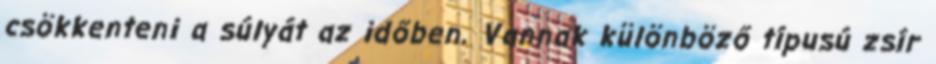
csökkenteni a súlyát az időben. Vannak különböző típusú zsír